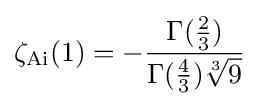
\zeta _{\mathrm {Ai} }(1)=-{\frac {\Gamma ({\frac {2}{3}})}{\Gamma ({\frac {4}{3}}){\sqrt[{3}]{9}}}}